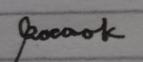
Signature authenticity: genuine